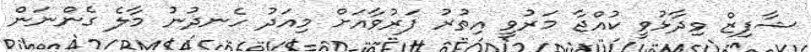
ޝާފިޒް ވިދާޅުވީ ކުއްޖާ މަރުވީ އިތުރު ފަރުވާއަށް މިއަދު ހެނދުނު މާލެ ގެންނަން